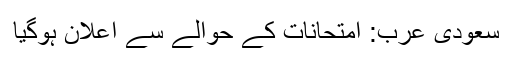
سعودی عرب: امتحانات کے حوالے سے اعلان ہوگیا